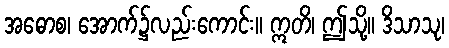
အဓောစ၊ အောက်၌လည်းကောင်း။ ဣတိ၊ ဤသို့။ ဒိသာသု၊